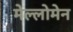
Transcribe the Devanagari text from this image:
मेल्लोमेन